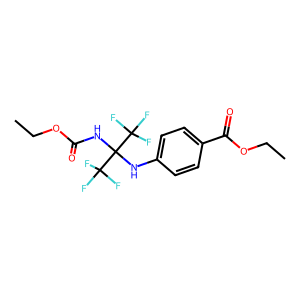
SMILES: CCOC(=O)NC(Nc1ccc(C(=O)OCC)cc1)(C(F)(F)F)C(F)(F)F
Inhibits HIV replication: No